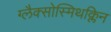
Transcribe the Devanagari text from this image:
ग्लैक्सोस्मिथक्लिन